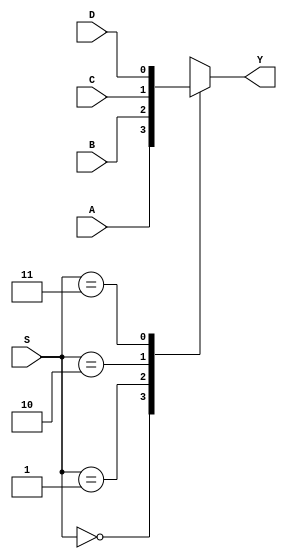
module S2L2(A,B,C,D,S,Y);
	input A,B,C,D;
	input [1:0] S;
	output reg Y;
	
	always @(A,B,C,D,S)
		begin
			case(S)
				0: Y = A;
				1:	Y = B;
				2:	Y = C;
				3: Y = D;
			endcase
		end
	
endmodule